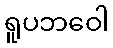
ရူပဘဝေါ